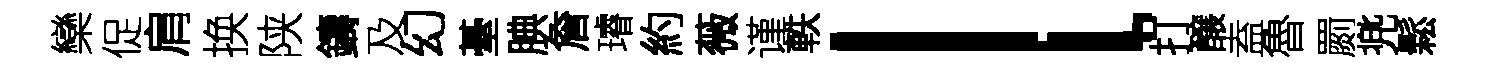
欒促肩换陕鑄及幻䑓腆詹璿約薇谨軼l打醸盍魯罽兠鬆